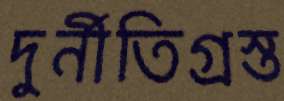
দুর্নীতিগ্রস্ত